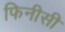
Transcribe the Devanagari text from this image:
फिनीसी